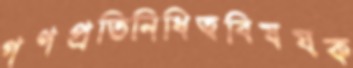
গণপ্রতিনিধিত্ববিষয়ক